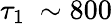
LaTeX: \tau_{1}~\sim 800